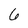
Character: 6